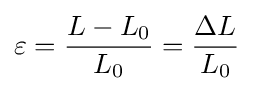
\varepsilon ={\frac {L-L_{0}}{L_{0}}}={\frac {\Delta L}{L_{0}}}